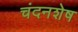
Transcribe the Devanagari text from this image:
चंदनशेष